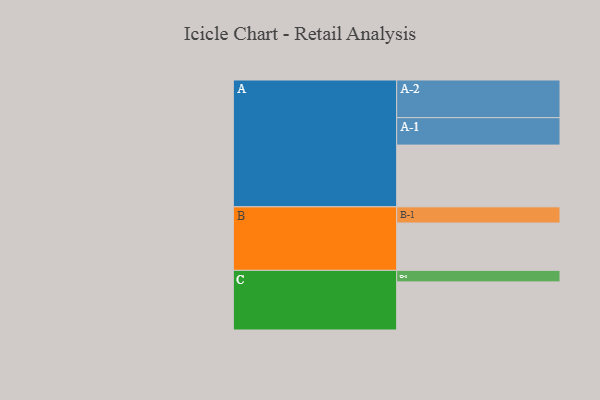
{"axis": {"x": "Segment", "y": "Value"}, "legend": ["", "A", "B", "C"], "data": [{"x": "A", "y": 466, "type": ""}, {"x": "B", "y": 357, "type": ""}, {"x": "C", "y": 363, "type": ""}, {"x": "A-1", "y": 207, "type": "A"}, {"x": "A-2", "y": 284, "type": "A"}, {"x": "B-1", "y": 122, "type": "B"}, {"x": "C-1", "y": 87, "type": "C"}]}